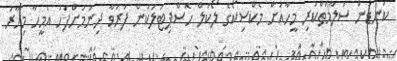
ކަނޑުން ސަލާމަތްކުރި މީހާއަށް މެކްސިކޯގެ ލޯކަލް ހޮސްޕިޓަލަކުން ފަރުވާ ދިނުމަށްފަހު އެމީހާ މިހާރު